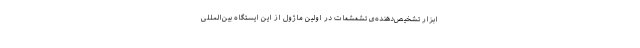
ابزار تشخیص‌دهنده‌ی تشعشعات در اولین ماژول از این ایستگاه بین‌المللی